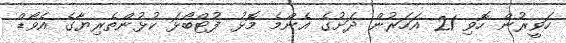
ހަވީރުން ހޮވި 21 އަހަރުން ދަށުގެ އެންމެ މޮޅު ފުޓްބޯޅަ ކުޅުންތެރިޔާގެ އެވޯޑް